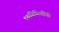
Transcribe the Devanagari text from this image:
ध्वनिफितींची